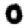
Digit: 0